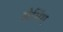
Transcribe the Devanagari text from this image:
लैमिंग